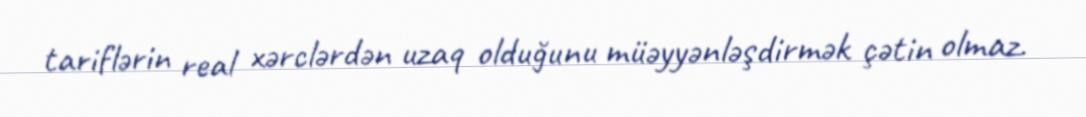
tariflərin real xərclərdən uzaq olduğunu müəyyənləşdirmək çətin olmaz.